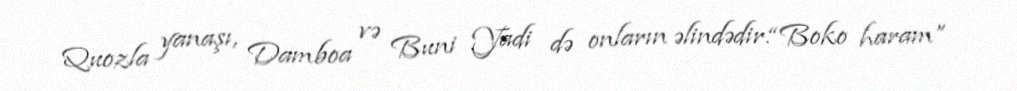
Quozla yanaşı, Damboa və Buni Yadi də onların əlindədir.“Boko haram”